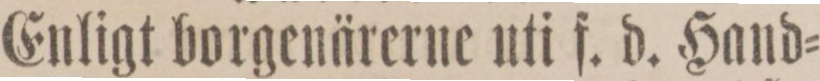
Enligt borgenärerne uti f. d. Hand=